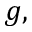
g ,